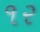
૧ર